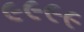
૯૯૯૯